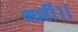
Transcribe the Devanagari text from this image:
माहीं।।